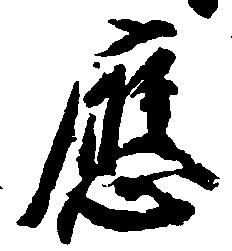
応